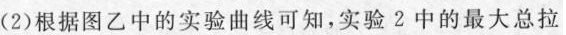
(2)根据图乙中的实验曲线可知，实验2中的最大总拉